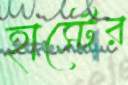
হার্স্টের